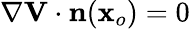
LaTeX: \nabla{\mathbf V}\cdot{\mathbf n}({\mathbf x}_{o})=0